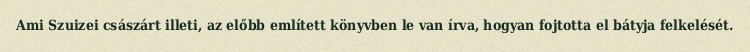
Ami Szuizei császárt illeti, az előbb említett könyvben le van írva, hogyan fojtotta el bátyja felkelését.